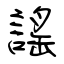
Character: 謠